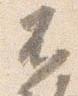
不